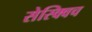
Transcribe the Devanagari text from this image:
सेस्क्विच